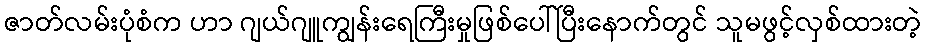
ဇာတ်လမ်းပုံစံက ဟာ ဂျယ်ဂျူကျွန်းရေကြီးမှုဖြစ်ပေါ်ပြီးနောက်တွင် သူမဖွင့်လှစ်ထားတဲ့